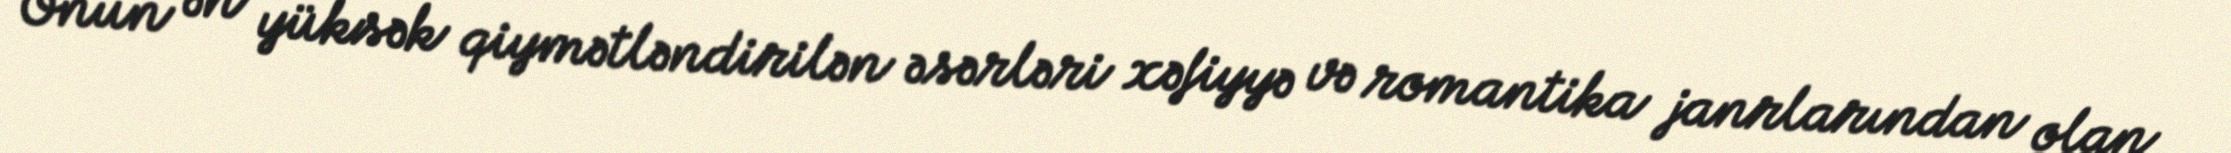
Onun ən yüksək qiymətləndirilən əsərləri xəfiyyə və romantika janrlarından olan